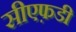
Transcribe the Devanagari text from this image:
सीएफ़डी